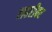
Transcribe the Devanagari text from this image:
लहरीवर